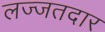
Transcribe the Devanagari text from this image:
लज्जतदार